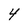
Character: 4